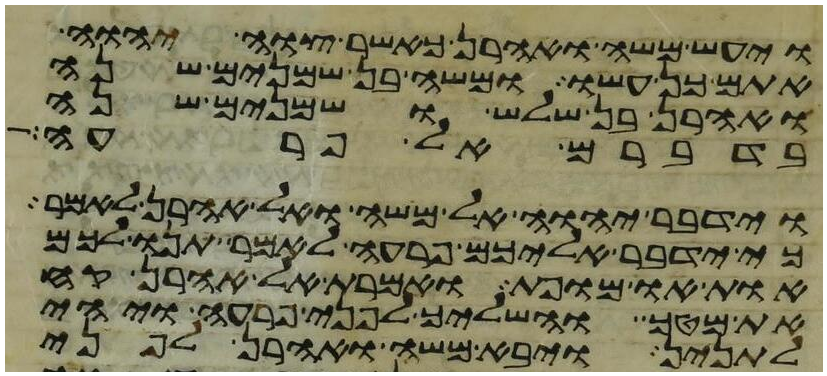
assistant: ויעש משה ואהרן כאשר צוה יהוה
אתם כן עשו ומשה בן שמנים שנה
ואהרן בן שלש ושמנים שנה
בדברם אל פרעה
וידבר יהוה אל משה ואל אהרן לאמר
כי ידבר אליכם פרעה לאמר תנו לכם
אות או מופת ואמרת אל אהרן קח
את מטך והשליך לפני פרעה ויהי
לתנין ויבא משה ואהרן לפני